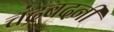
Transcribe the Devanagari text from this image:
चंद्रबदनी